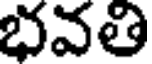
భవతి